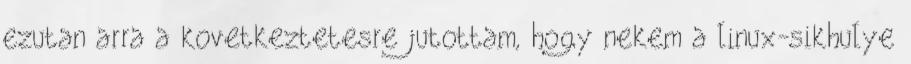
ezutan arra a kovetkeztetesre jutottam, hogy nekem a linux-sikhulye